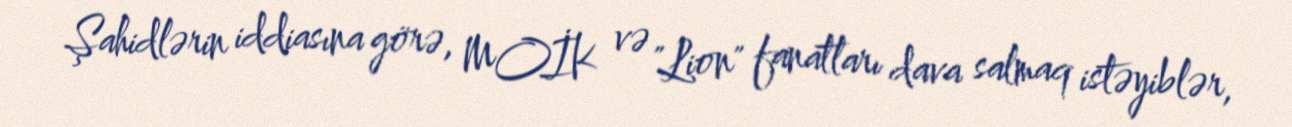
Şahidlərin iddiasına görə, MOİK və "Lion" fanatları dava salmaq istəyiblər,